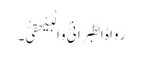
رَوَاہُ الطَّبَرَانِیُّ وَالْبَیْھَقِیُّ۔